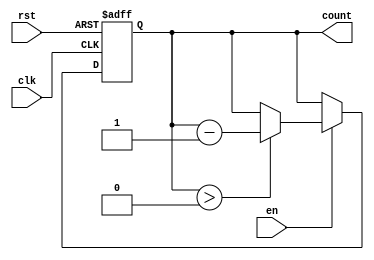
module down_counter #(
    parameter n = 8 // Number of bits for the counter
)(
    input wire clk,    // Clock signal
    input wire rst,    // Asynchronous reset
    input wire en,     // Enable signal
    output reg [n-1:0] count // n-bit count output
);

// Define the initial value for the counter
localparam INITIAL_VALUE = 8'hFF; // Example initial value (255 for an 8-bit counter)

always @(posedge clk or posedge rst) begin
    if (rst) begin
        count <= INITIAL_VALUE; // Reset the counter to the initial value
    end else if (en) begin
        if (count > 0) begin
            count <= count - 1; // Decrement the counter if enabled and not zero
        end
        // If count is zero, it holds at zero (no decrement below zero)
    end
end

endmodule